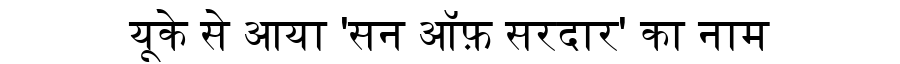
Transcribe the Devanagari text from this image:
यूके से आया 'सन ऑफ़ सरदार' का नाम